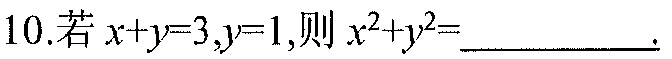
10.若\(x + y = 3,y = 1\)，则\(x^{2}+y^{2}=\underline{\quad\quad}\).